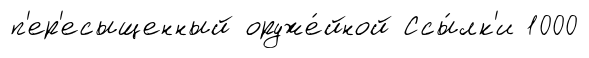
п'ер'есыщенный оруже́йной Ссы́лк'и 1000